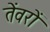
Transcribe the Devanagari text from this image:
तेंवरों